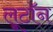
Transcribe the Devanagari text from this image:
लूटॉन